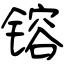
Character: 镕